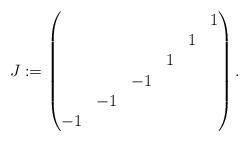
LaTeX: \begin{align*}J:=\left(\begin{matrix}&&&&& 1\\&&&&1&\\&&&1&&\\&&-1&&&\\&-1&&&&\\-1&&&&&\end{matrix} \right).\end{align*}